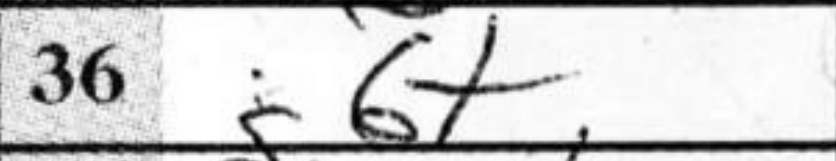
Transcription: g6+